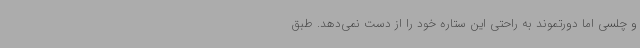
و چلسی اما دورتموند به راحتی این ستاره خود را از دست نمی‌دهد. طبق